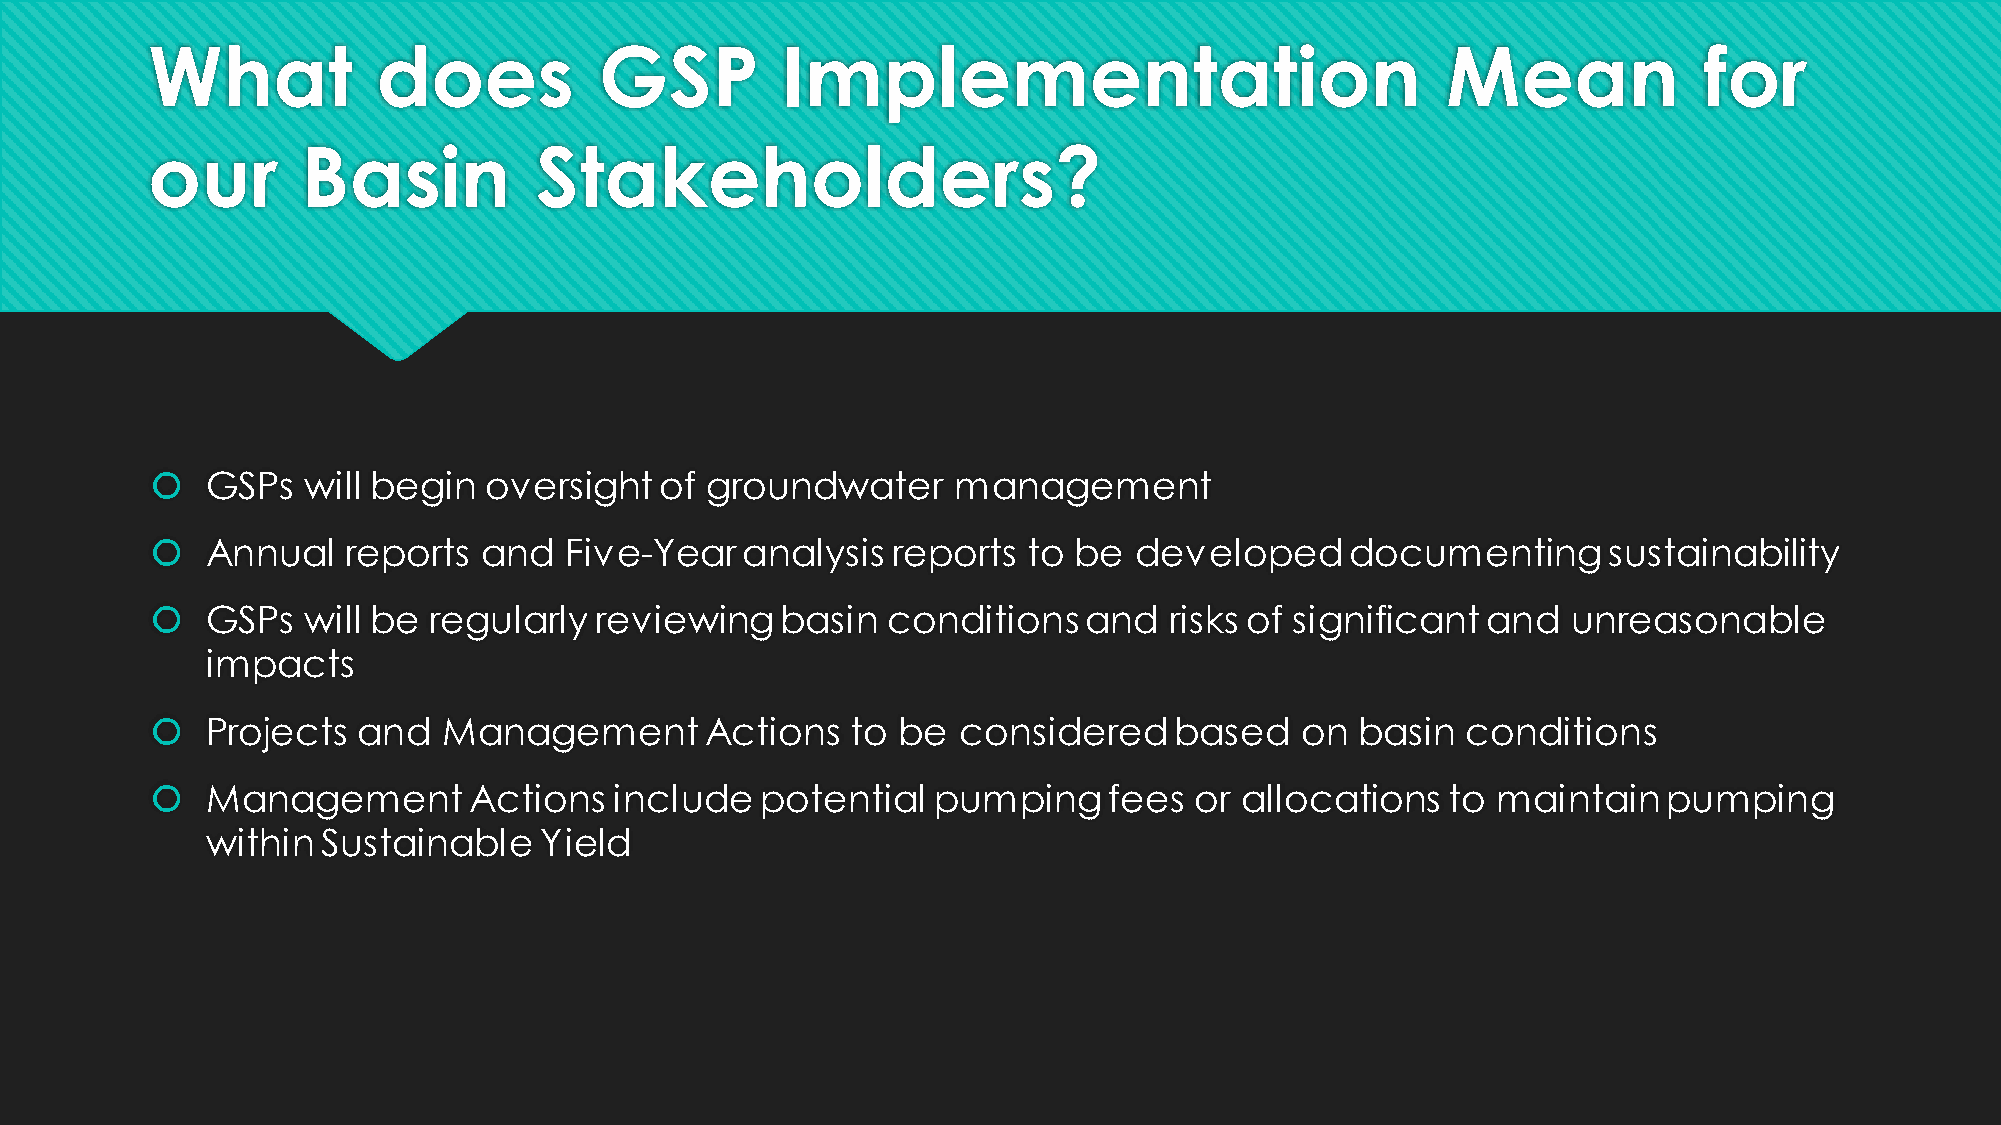
What           does           GSP         Implementation                              Mean             for
 our       Basin          Stakeholders?
    GSPs  will begin  oversight   of groundwater     management
    Annual   reports  and  Five-Year   analysis  reports  to be  developed     documenting      sustainability
    GSPs  will be regularly  reviewing    basin  conditions   and  risks of significant and   unreasonable
 impacts
    Projects  and  Management        Actions  to be  considered     based   on  basin  conditions
    Management       Actions   include  potential   pumping    fees  or allocations   to maintain   pumping
 within Sustainable    Yield